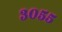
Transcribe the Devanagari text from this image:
३०५५